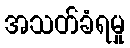
အသတ်ခံရမှု